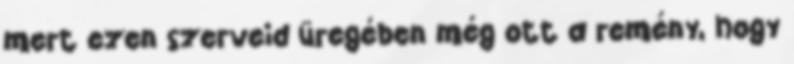
mert ezen szerveid üregében még ott a remény, hogy